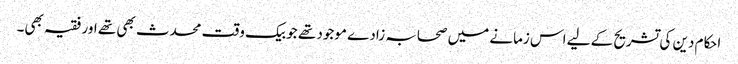
احکام دین کی تشریح کے لیے اس زمانے میں صحابہ زادے موجود تھے جو بیک وقت محدث بھی تھے اور فقیہ بھی۔